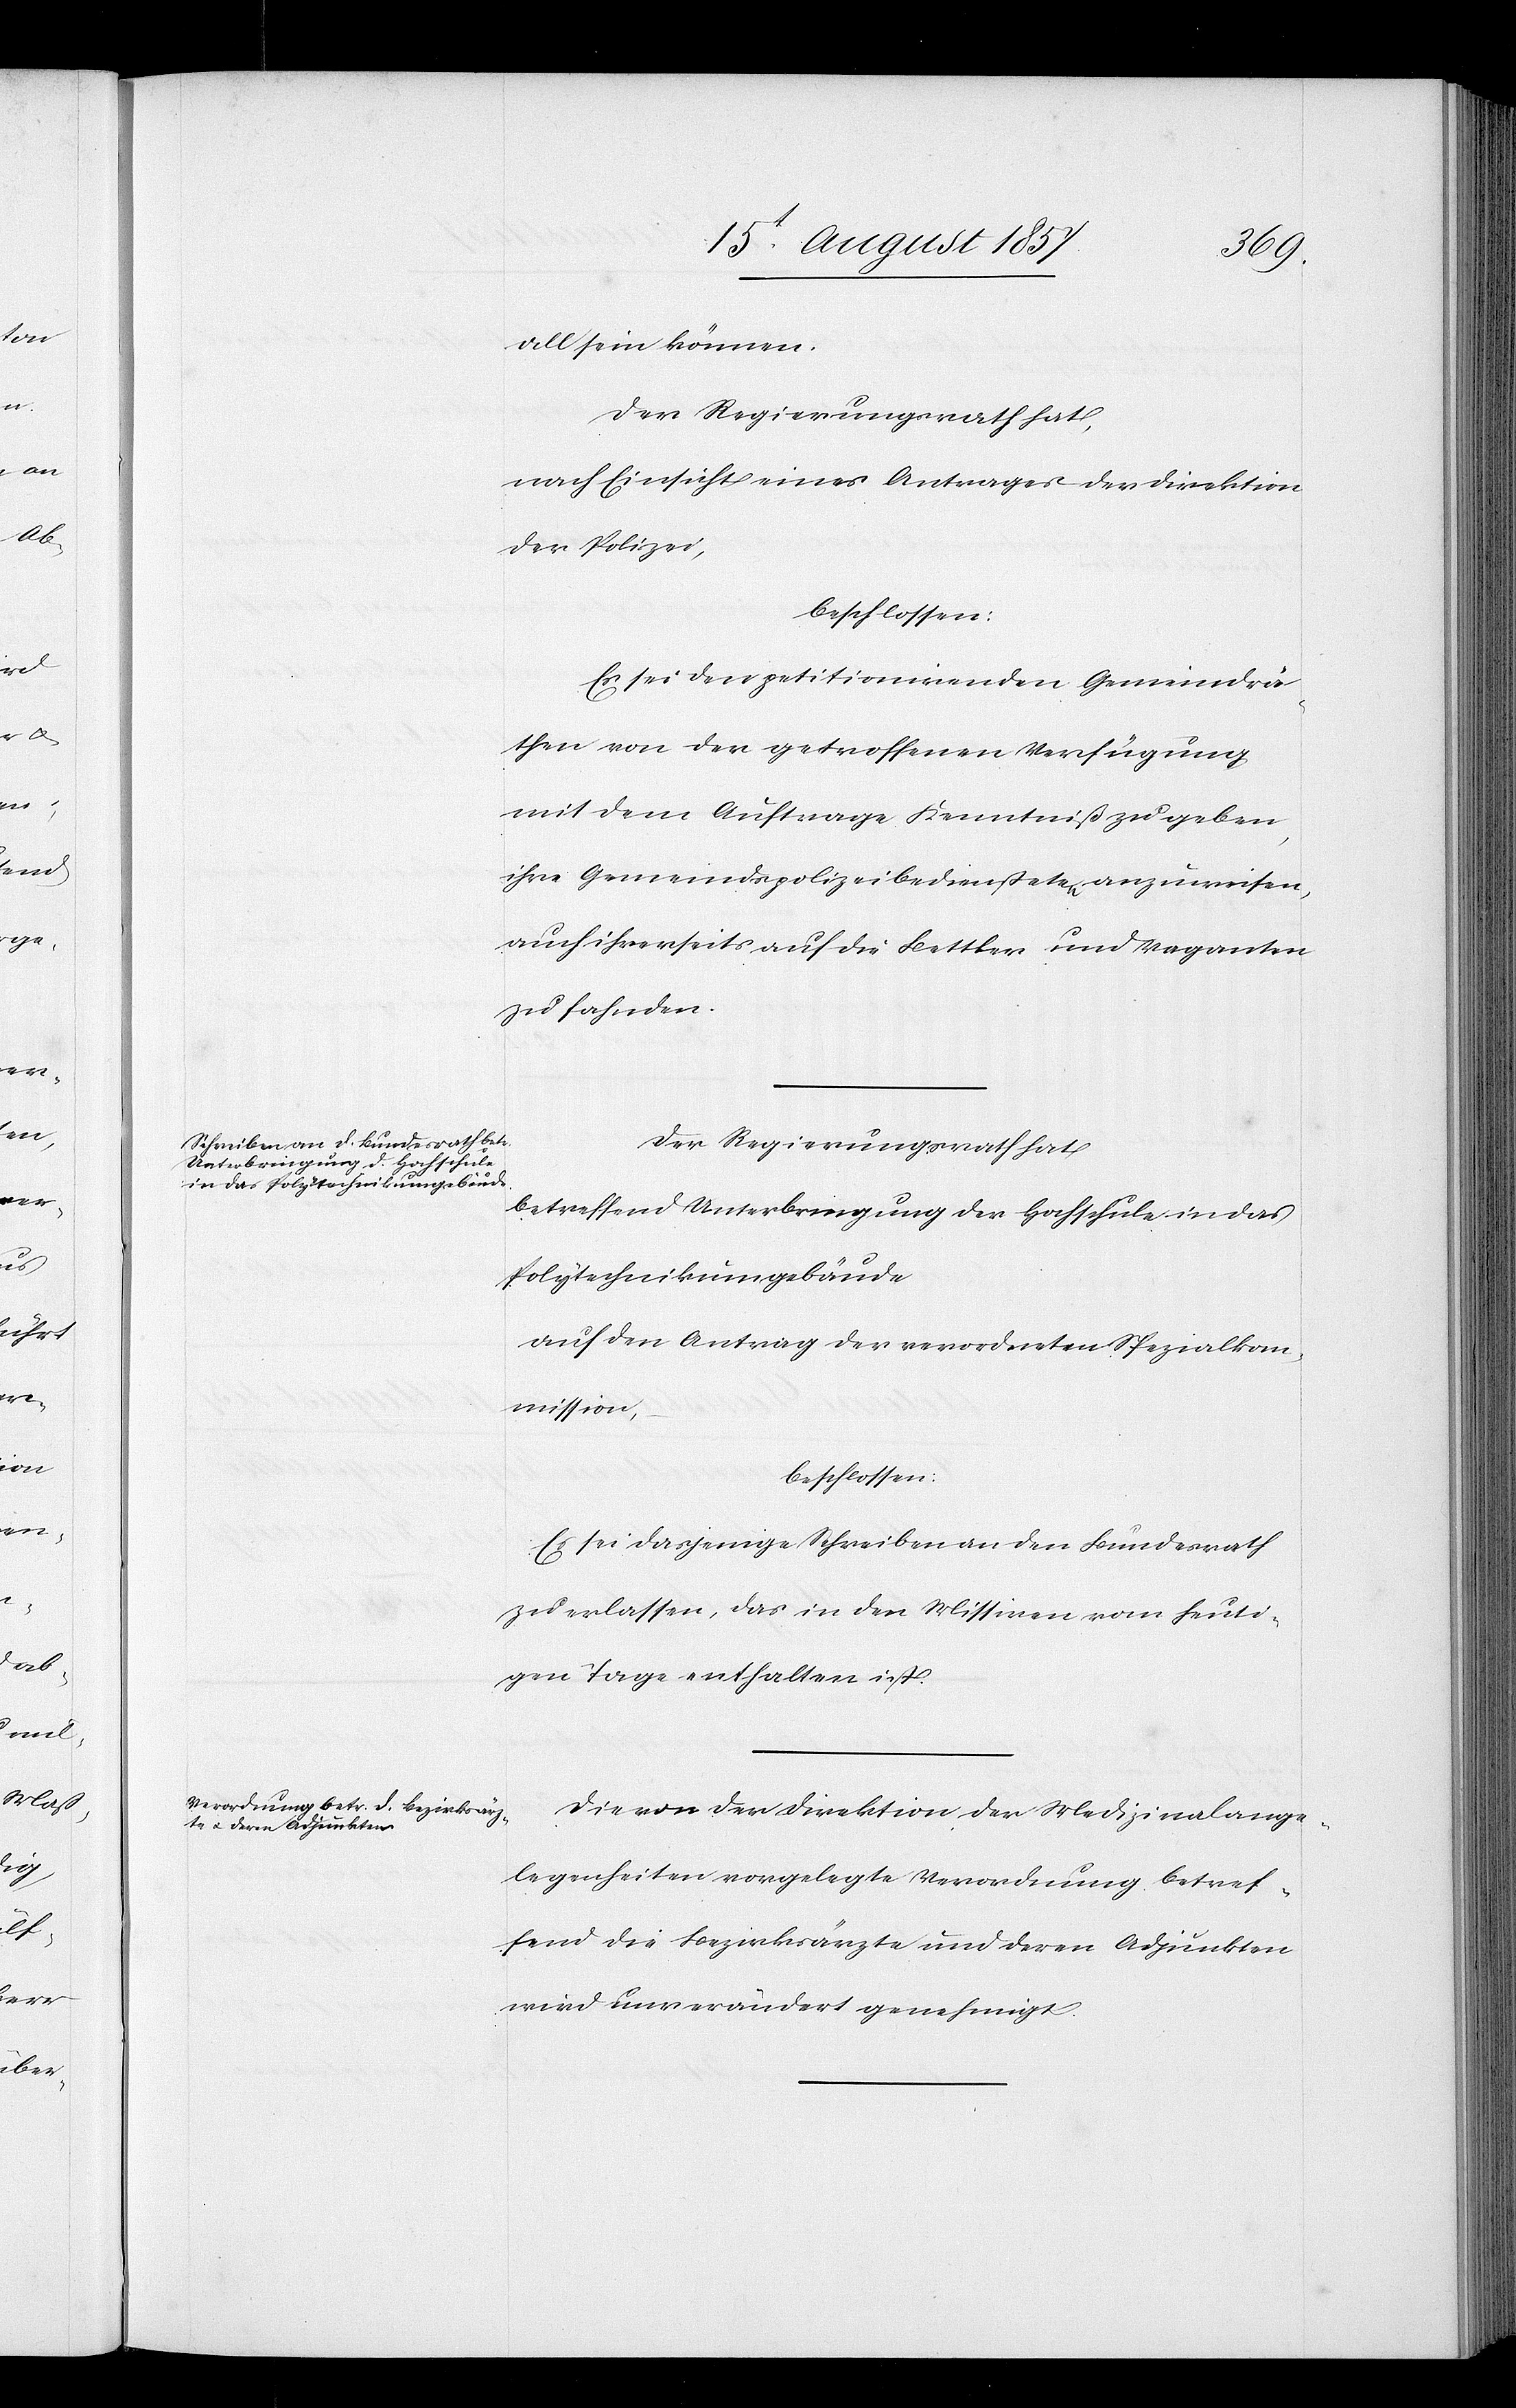
all sein können.
Der Regierungsrath hat,
nach Einsicht eines Antrages der Direktion
der Polizei,
beschlossen:
Es sei den petitionirenden Gemeindrä¬
then von der getroffenen Verfügung
mit dem Auftrage Kenntniß zu geben,
ihre Gemeindspolizeibediensteten anzuweisen,
auch ihrerseits auf die Bettler und Vaganten
zu fahnden.
Der Regierungsrath hat
betreffend Unterbringung der Hochschule in das
Polytechnikumgebäude
auf den Antrag der verordneten Spezialkom¬
mission,
beschlossen:
Es sei dasjenige Schreiben an den Bundesrath
zu erlassen, das in den Missiven vom heuti¬
gen Tage enthaltenen ist.
Die von der Direktion der Medizinalange¬
legenheiten vorgelegte Verordnung betref¬
fend die Bezirksärzte und deren Adjunkten
wird unverändert genehmigt.